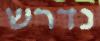
נדרש